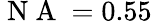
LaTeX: \mathrm{~N~A~}=0.55